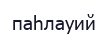
паһлауий